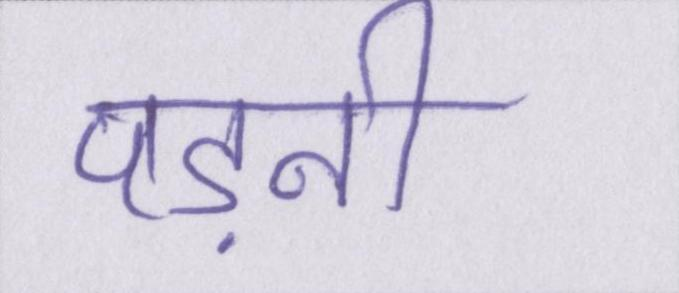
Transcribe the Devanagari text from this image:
पड़नी